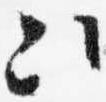
次